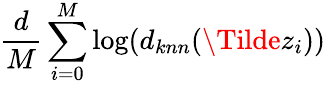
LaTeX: \frac{d}{M}\sum_{i=0}^{M}\log(d_{knn}(\Tilde{z}_{i}))